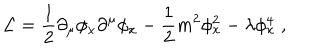
LaTeX: { \cal L } = { \frac { 1 } { 2 } } \partial _ { \mu } \phi _ { x } \partial ^ { \mu } \phi _ { x } - { \frac { 1 } { 2 } } m ^ { 2 } \phi _ { x } ^ { 2 } - \lambda \phi _ { x } ^ { 4 } \; ,